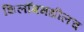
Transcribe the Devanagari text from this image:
शिलाँगमधीलच